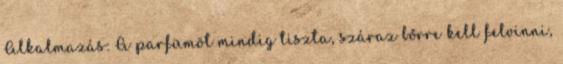
Alkalmazás: A parfümöt mindig tiszta, száraz bőrre kell felvinni,